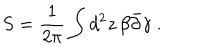
LaTeX: S = \frac { 1 } { 2 \pi } \int d ^ { 2 } z \, \beta \bar { \partial } \gamma \ .